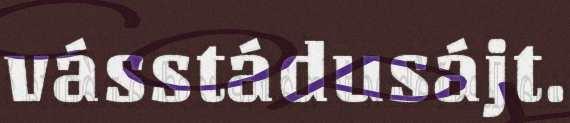
vásstádusájt.